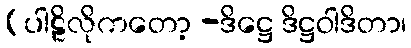
(ပါဠိလိုကတော့ -ဒိဋ္ဌေ ဒိဋ္ဌဝါဒိတာ၊